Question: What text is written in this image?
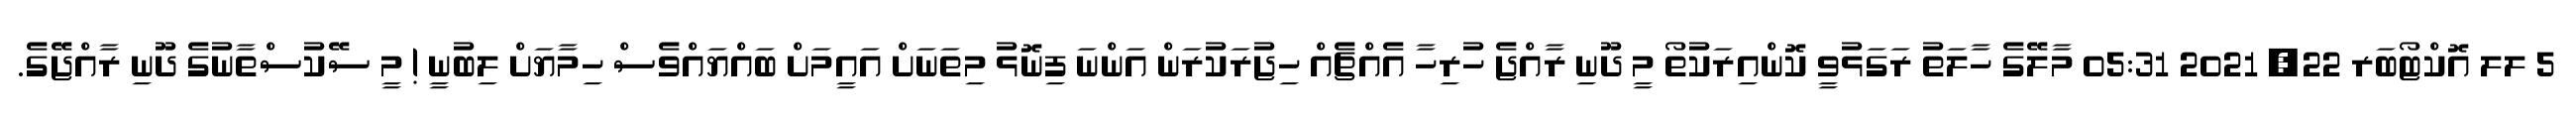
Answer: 5 ލލ އޮކްޓޯބަރ 22, 2021 05:31 މާލޭގެ ހާލަތު ރަގަޅުވީ ކޮންއިރަކުތޯ މީ ދޫނި ރާއްޖެ ހުރިހާ އެއްޗެއް ހިޖުރަކުރަން އަންނަ ފިނޮޅު މިތަނަށް އައީމަށް ބައްޔައްވެސް ހިމާޔަށް ލިބުނީ ! މީ ސޭކުސްތާނުގެ ދޫނި ރާއްޖޭގެ.